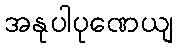
အနုပါပုဏေယျ